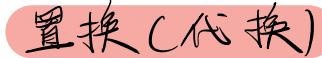
置换（代换）